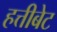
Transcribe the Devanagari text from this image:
हत्तीबेट